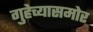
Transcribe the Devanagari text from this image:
गुहेच्यासमोर